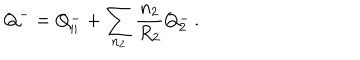
Q ^ { - } = Q _ { | | } ^ { - } + \sum _ { n _ { 2 } } \frac { n _ { 2 } } { R _ { 2 } } Q _ { 2 } ^ { - } \, .